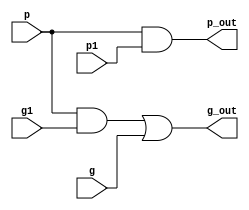
module blackcell(
    input p,
    input g,
    input p1,
    input g1,
    output p_out,
    output g_out
);

assign g_out = (p&g1) | g;
assign p_out = p & p1;

endmodule